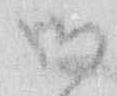
御